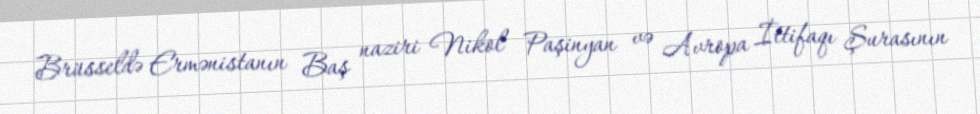
Brüsseldə Ermənistanın Baş naziri Nikol Paşinyan və Avropa İttifaqı Şurasının